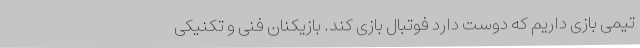
تیمی بازی داریم که دوست دارد فوتبال بازی کند. بازیکنان فنی و تکنیکی